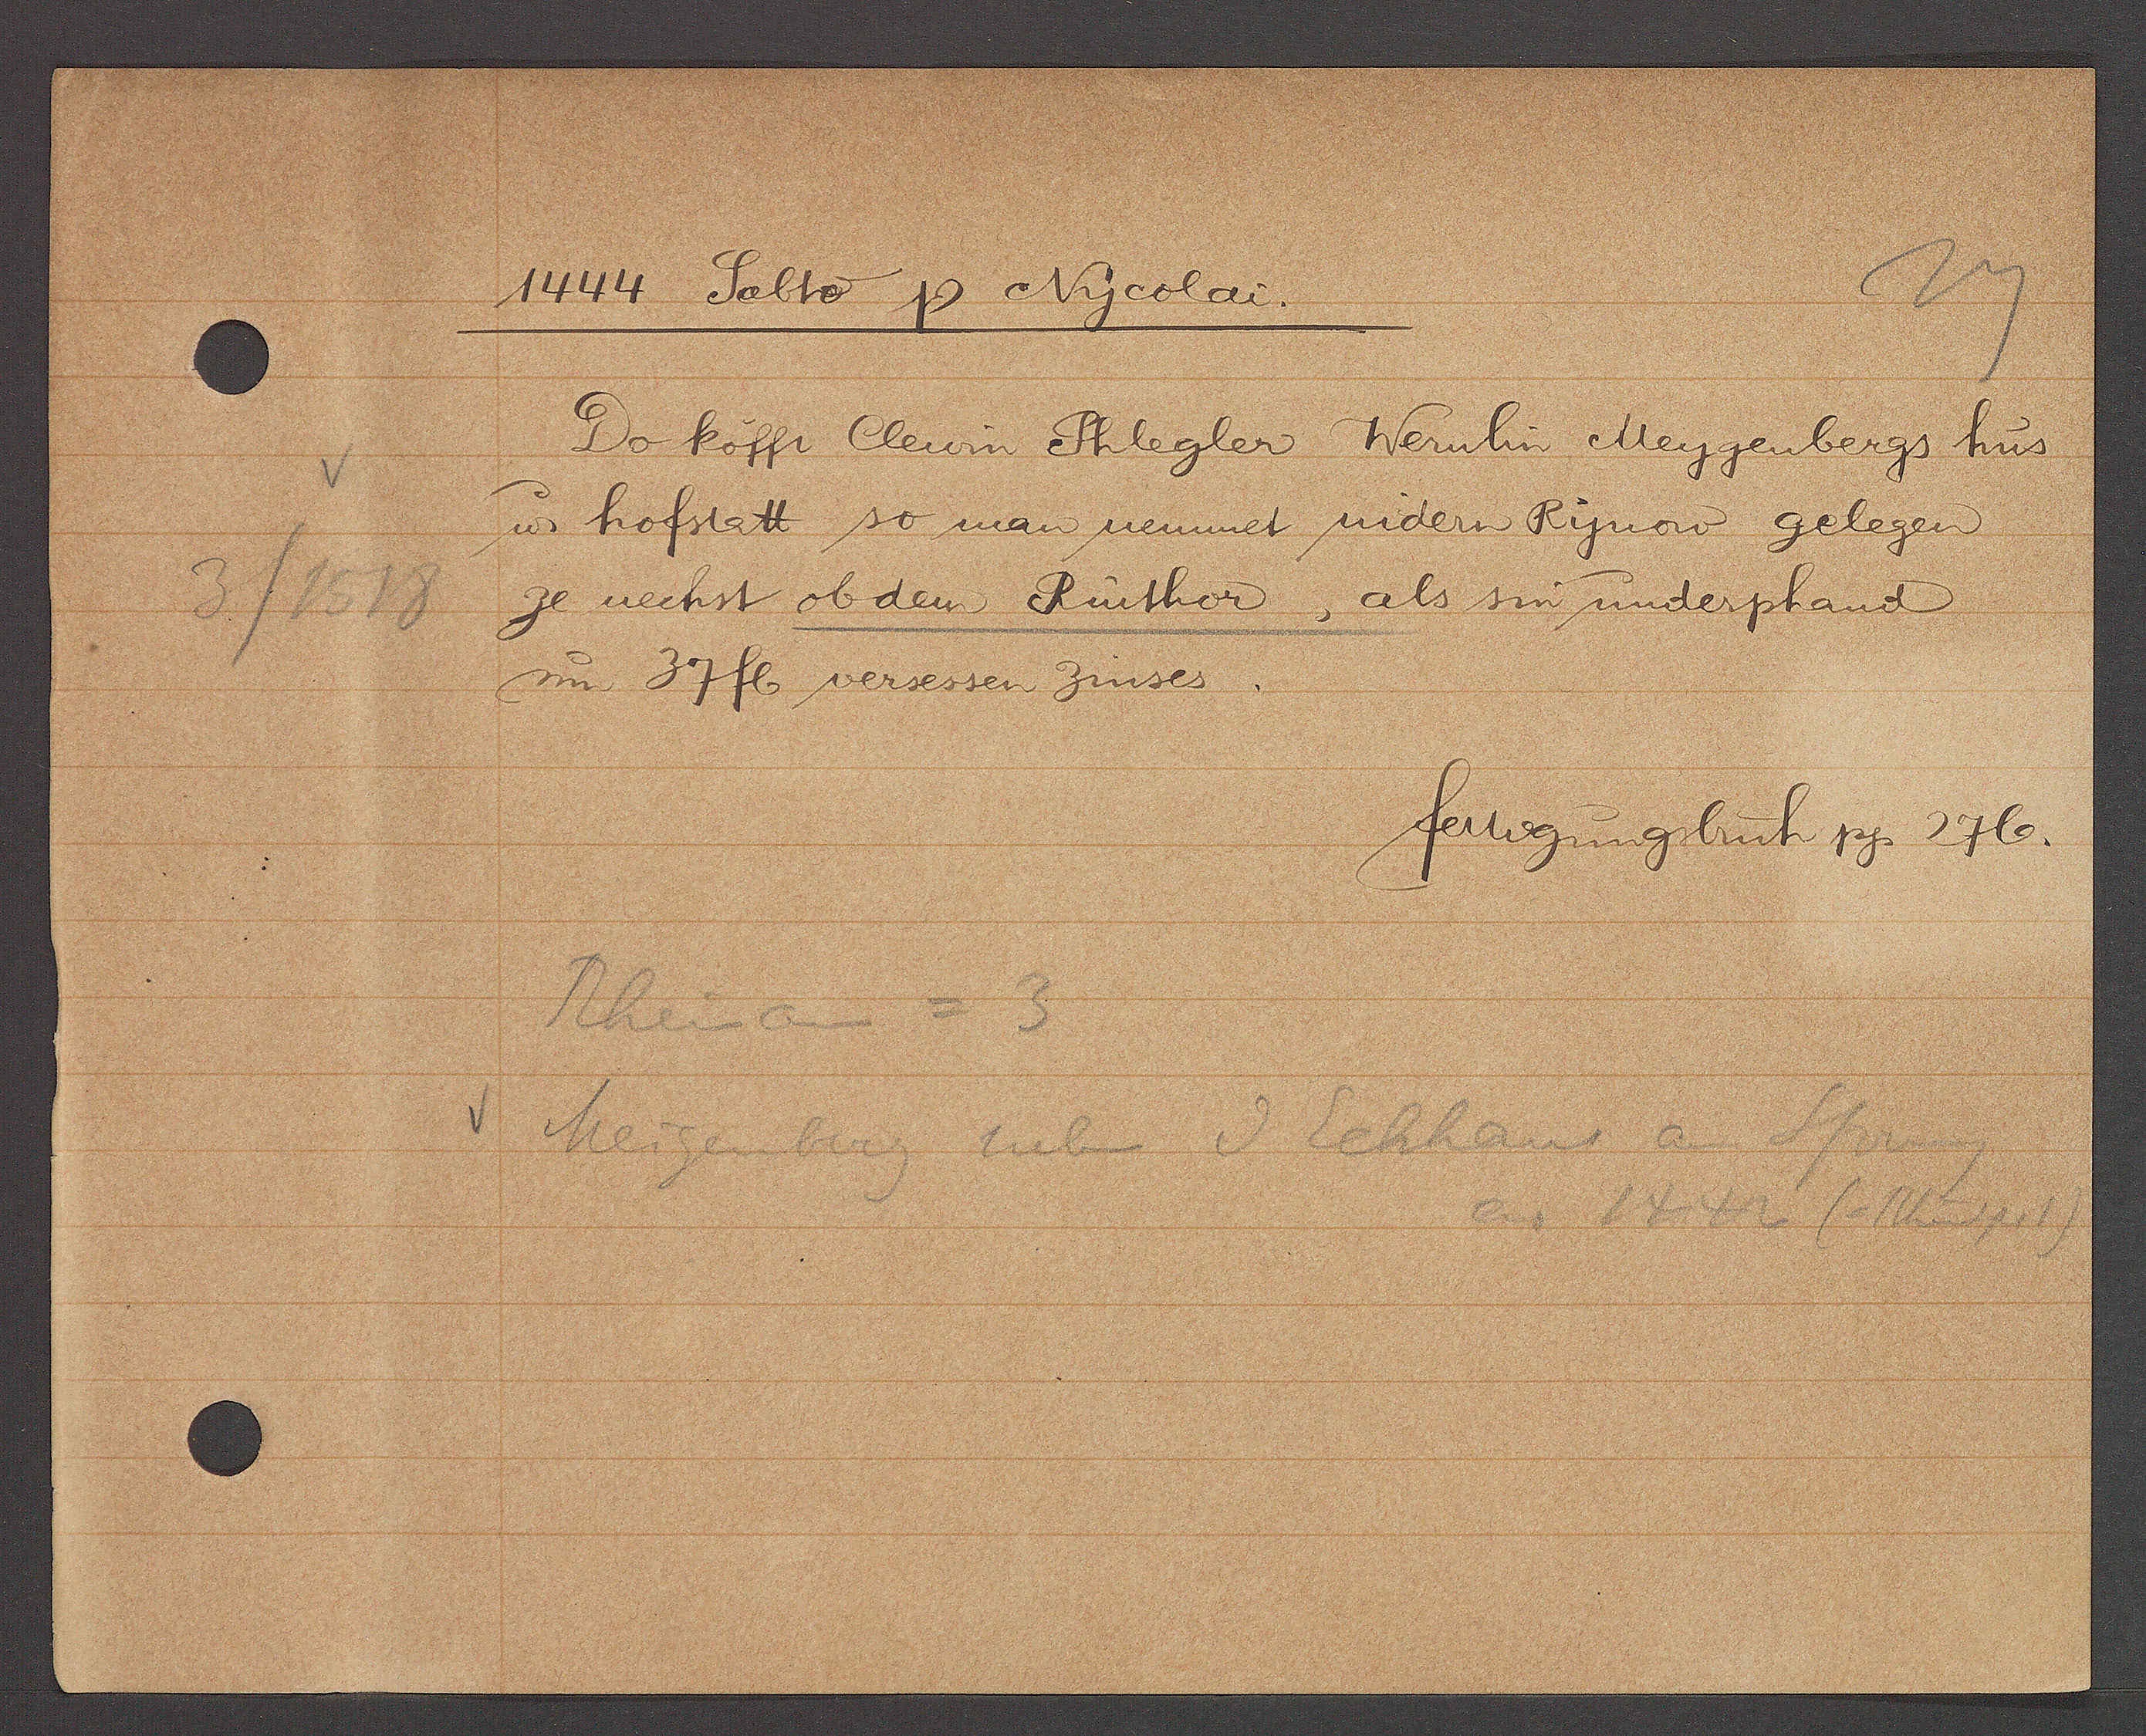
Transcript:
1444 Sabto Ƿ Nycolai.
Do kofft Clewin Phlegler Wernlin Meygenbergs hus
ư hofstatt so man nennnet nidern Rynow gelegen
ze nechst ob dem Rinthor, als sin underphand
3/1518
um 37 fl versessen Zinses.
fertigungsbuch pg 276.
Rheinau = 3
Meigenberg neben d Eckhaus am Sprung
ao 1446 (Rheinspr 1)